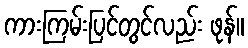
ကားကြမ်းပြင်တွင်လည်း ဖုန်။